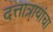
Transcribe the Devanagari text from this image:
दत्तात्रायांचा